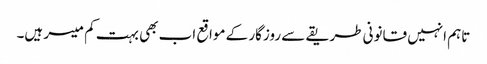
تاہم انہیں قانونی طریقے سے روزگار کے مواقع اب بھی بہت کم میسر ہیں۔